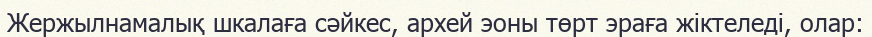
Жержылнамалық шкалаға сәйкес, архей эоны төрт эраға жіктеледі, олар: